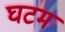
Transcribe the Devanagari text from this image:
घटम